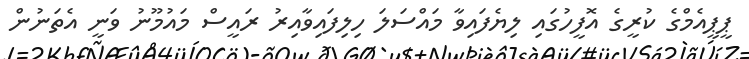
ޕީޕީއެމްގެ ކުރީގެ އޮފީހުގައި ލިޔެފައިވާ މައްސަލަ ހިލިފައިވާއިރު ރައީސް މައުމޫނު ވަނީ އެތަނުން